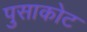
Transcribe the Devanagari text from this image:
पुसाकोट